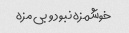
خوشمزه نبود و بی مزه